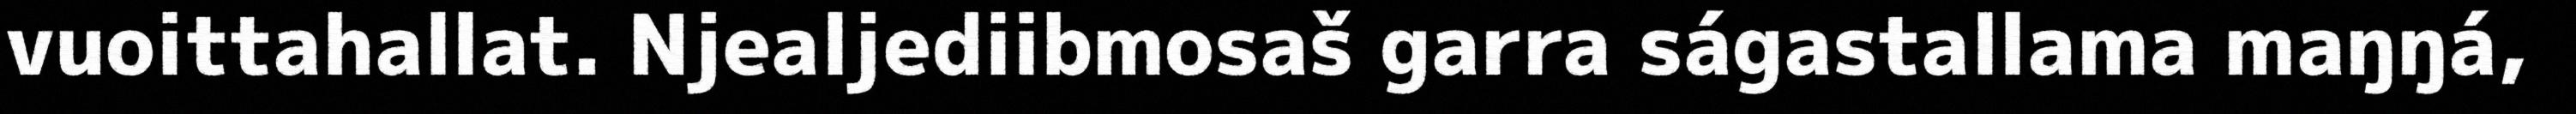
vuoittahallat. Njealjediibmosaš garra ságastallama maŋŋá,